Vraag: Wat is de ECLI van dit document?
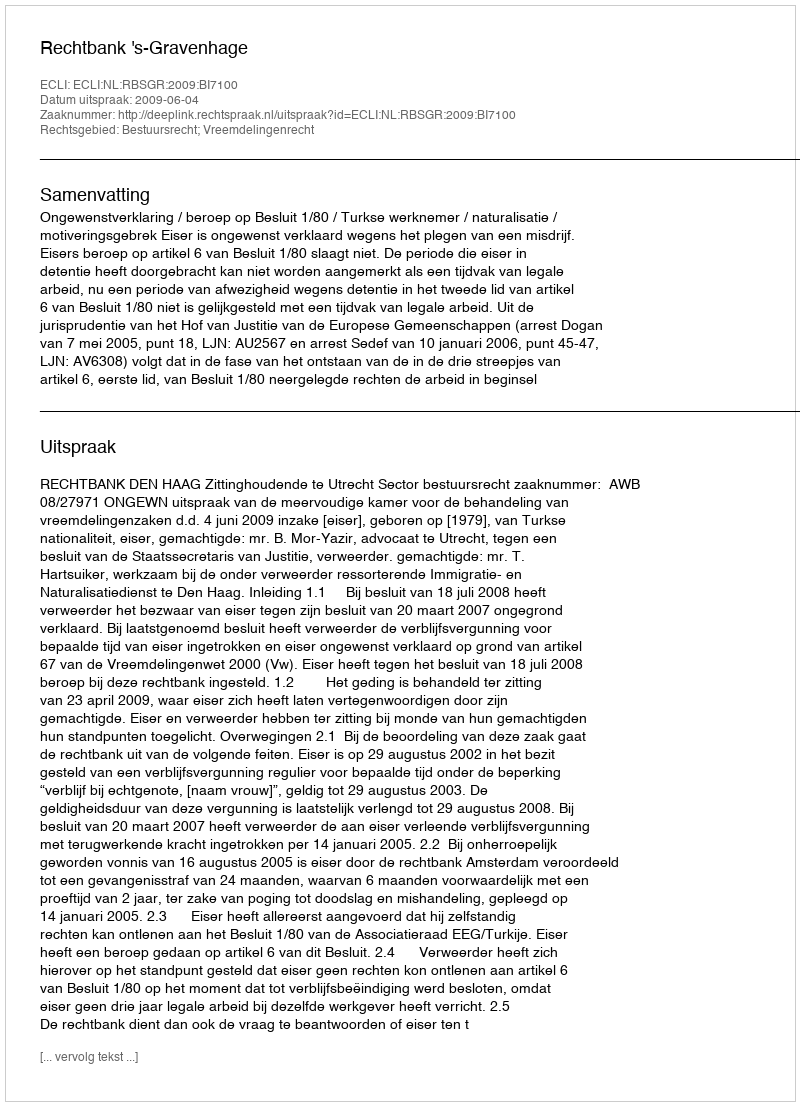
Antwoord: ECLI:NL:RBSGR:2009:BI7100